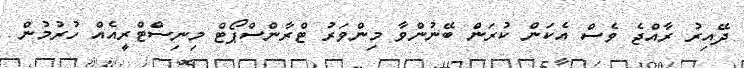
ދޭއިރު ރާއްޖެ ވެސް އެކަން ކުރަން ބޭނުންވާ މިންވަރު ޓްރާންސްޕޯޓް މިނިސްޓްރީއެއް ހުރުމުން